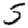
Digit: 5